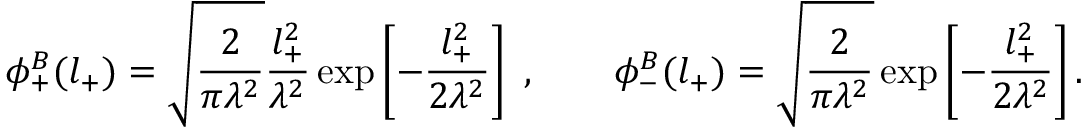
\phi _ { + } ^ { B } ( l _ { + } ) = \sqrt { \frac { 2 } { \pi \lambda ^ { 2 } } } \frac { l _ { + } ^ { 2 } } { \lambda ^ { 2 } } \exp \left[ - \frac { l _ { + } ^ { 2 } } { 2 \lambda ^ { 2 } } \right] \ , \qquad \phi _ { - } ^ { B } ( l _ { + } ) = \sqrt { \frac { 2 } { \pi \lambda ^ { 2 } } } \exp \left[ - \frac { l _ { + } ^ { 2 } } { 2 \lambda ^ { 2 } } \right] .